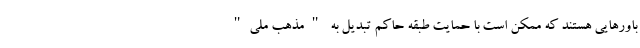
باورهایی هستند که ممکن است با حمایت طبقه حاکم تبدیل به "مذهب ملی"